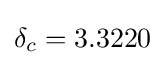
\delta _{c}=3.3220